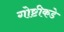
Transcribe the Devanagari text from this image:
गोष्टीकडे